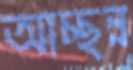
আচ্ছন্ন